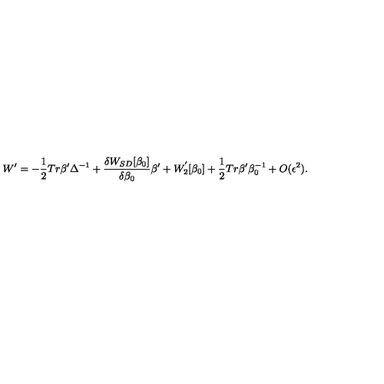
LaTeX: W ^ { \prime } = - \frac { 1 } { 2 } T r \beta ^ { \prime } \Delta ^ { - 1 } + \frac { \delta W _ { S D } [ \beta _ { 0 } ] } { \delta \beta _ { 0 } } \beta { ' } + W _ { 2 } ^ { ' } [ \beta _ { 0 } ] + \frac { 1 } { 2 } T r \beta ^ { \prime } \beta _ { 0 } ^ { - 1 } + O ( \epsilon ^ { 2 } ) .